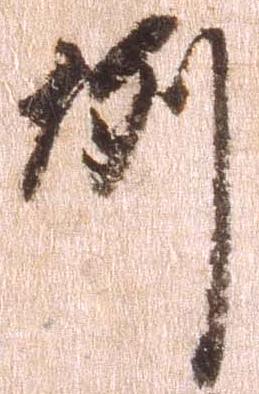
例